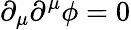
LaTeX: \partial_{\mu}\partial^{\mu}\phi=0